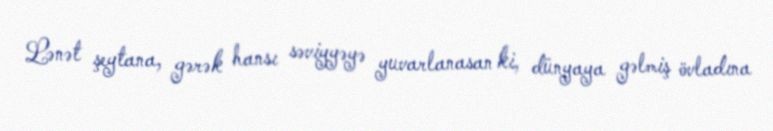
Lənət şeytana, gərək hansı səviyyəyə yuvarlanasan ki, dünyaya gəlmiş övladına